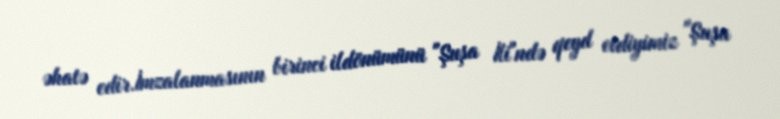
əhatə edir.İmzalanmasının birinci ildönümünü "Şuşa İli"ndə qeyd etdiyimiz "Şuşa